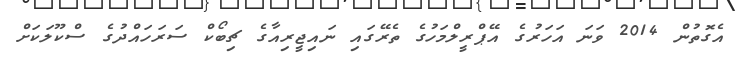
އެގޮތުން 2014 ވަނަ އަހަރުގެ އޭޕްރީލްމަހުގެ ތެރޭގައި ނައިޖީރިއާގެ ޗިބޯކް ސަރަހައްދުގެ ސްކޫލަކަށް